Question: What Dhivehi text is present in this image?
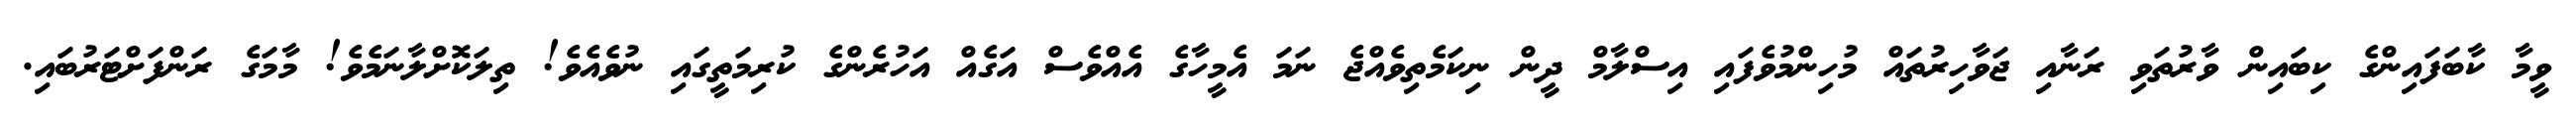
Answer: ވީމާ ކާބަފައިންގެ ކިބައިން ވާރުތަވި ރަނާއި ޖަވާހިރުތައް މުހިންމުވެފައި އިސްލާމް ދީން ނިކަމެތިވެއްޖެ ނަމަ އެމީހާގެ އެއްވެސް އަގެއް އަހުރެންގެ ކުރިމަތީގައި ނުވެއެވެ! ތިލަކޮށްލާނަމެވެ! މާމަގެ ރަންފަށްޓަރުބައި.